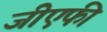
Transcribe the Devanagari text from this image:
जीएफी